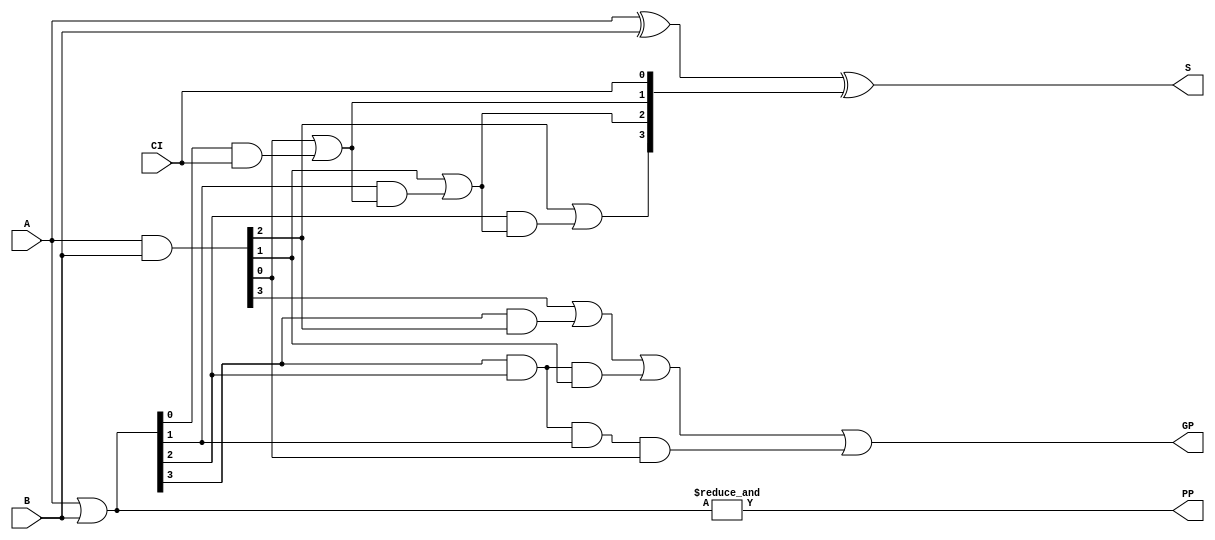
module CLA_4Bits(PP,GP,S,A,B,CI);
  output          PP,GP;                  // Carry Propagate & Generate Prime
  output [3:0]    S;                      // Sum
  input  [3:0]    A,B;                    // Adder Inputs
  input           CI;                     // Carry In

  wire [3:0] P =  A | B;
  wire [3:0] G =  A & B;

  wire  C1 =  G[0] | P[0]&CI;
  wire  C2 =  G[1] | P[1]&C1;
  wire  C3 =  G[2] | P[2]&C2;
  wire [3:0] C = { C3, C2, C1, CI };

  assign PP = & P[3:0];
  assign GP = G[3] | P[3]&G[2] | P[3]&P[2]&G[1] | P[3]&P[2]&P[1]&G[0];
  assign S  =  A ^ B ^ C ;
  // always  #1 $display ($time,,,"BIT CI=%b, C=%b, A=%b, B=%b, S=%b, P=%b, G=%b", CI, C, A, B, S, P, G);
endmodule